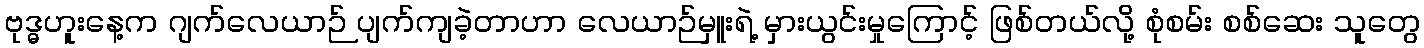
ဗုဒ္ဓဟူးနေ့က ဂျက်လေယာဉ် ပျက်ကျခဲ့တာဟာ လေယာဉ်မှူးရဲ့ မှားယွင်းမှုကြောင့် ဖြစ်တယ်လို့ စုံစမ်း စစ်ဆေး သူတွေ